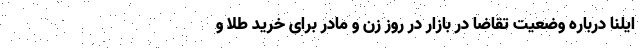
ایلنا درباره وضعیت تقاضا در بازار در روز زن و مادر برای خرید طلا و